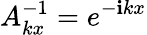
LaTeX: A_{kx}^{-1}=e^{-\mathbf{i}kx}